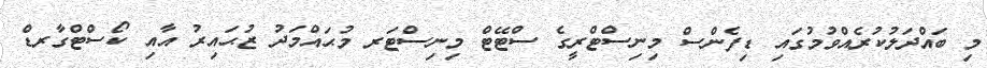
މި ބައްދަލުކުރެއްވުމުގައި ޑިފެންސް މިނިސްޓްރީގެ ސްޓޭޓް މިނިސްޓަރ މުޙައްމަދު ޒުޙައިރު އާއި ކޯސްޓްގާރޑް